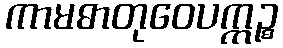
ကာမဓာတုဝေပက္ကဉ္စ